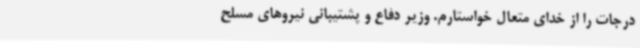
درجات را از خدای متعال خواستارم. وزیر دفاع و پشتیبانی نیروهای مسلح